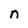
Character: n